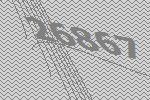
26867